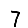
Digit: 7